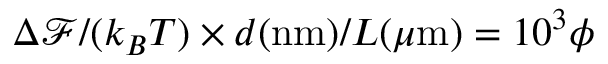
\Delta \mathcal { F } / ( k _ { B } T ) \times d ( \mathrm { n m } ) / L ( \mu \mathrm { m } ) = 1 0 ^ { 3 } \phi